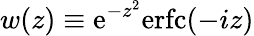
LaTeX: w(z)\equiv\mathrm{e}^{-z^{2}}\mathrm{erfc}(-iz)